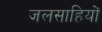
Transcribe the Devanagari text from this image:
जलसाहियों